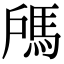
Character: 𩢉